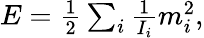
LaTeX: \begin{array}{r}{E=\frac 12\sum_{i}\frac{1}{I_{i}}m_{i}^{2},}\end{array}